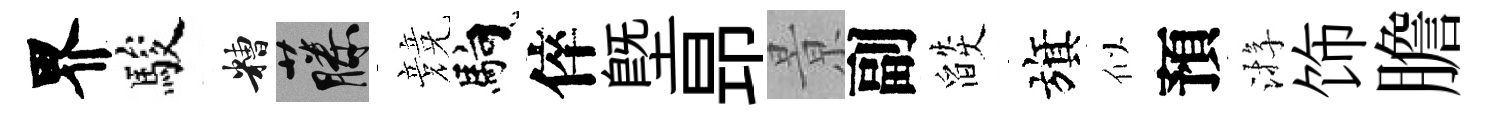
界駿糟藤競馿倅塈昻㬌副燄旗似預㳺饰膽